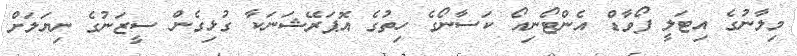
މިލާނުގެ އިޓަލީ ފޯވާޑް އެންޓޯނިއޯ ކަސާނޯގެ ހިތުގެ އޮޕަރޭޝަނަކާ ގުޅިގެން ސީޒަނުގެ ނިޔަލަށް